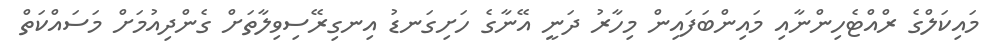
މައިކަލްގެ ރްއްޓެހިންނާއި މައިންބަފައިން މިހާރު ދަނީ އޭނާގެ ހަށިގަނޑު އިނގިރޭސިވިލާތަށް ގެންދިއުމަށް މަސައްކަތް